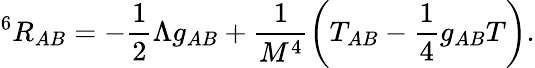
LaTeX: ^6R_{AB}=-\frac{1}{2}\Lambda g_{AB}+\frac{1}{M^{4}}\left(T_{AB}-\frac{1}{4}g_{AB}T\right).